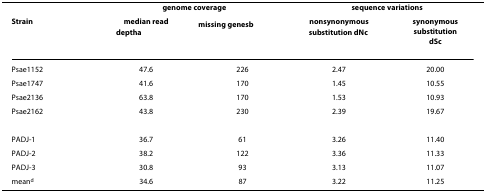
<table><thead><tr><td></td><td colspan="2"><b>genome coverage</b></td><td colspan="2"><b>sequence variations</b></td></tr><tr><td><b>Strain</b></td><td><b>median readdepth<sup>a</sup></b></td><td><b>missing genes<sup>b</sup></b></td><td><b>nonsynonymous substitution <i>dN</i><sup>c</sup></b></td><td><b>synonymous substitution <i>dS</i><sup>c</sup></b></td></tr></thead><tbody><tr><td>Psae1152</td><td>47.6</td><td>226</td><td>2.47</td><td>20.00</td></tr><tr><td>Psae1747</td><td>41.6</td><td>170</td><td>1.45</td><td>10.55</td></tr><tr><td>Psae2136</td><td>63.8</td><td>170</td><td>1.53</td><td>10.93</td></tr><tr><td>Psae2162</td><td>43.8</td><td>230</td><td>2.39</td><td>19.67</td></tr><tr><td>PADJ-1</td><td>36.7</td><td>61</td><td>3.26</td><td>11.40</td></tr><tr><td>PADJ-2</td><td>38.2</td><td>122</td><td>3.36</td><td>11.33</td></tr><tr><td>PADJ-3</td><td>30.8</td><td>93</td><td>3.13</td><td>11.07</td></tr><tr><td>mean<sup>d</sup></td><td>34.6</td><td>87</td><td>3.22</td><td>11.25</td></tr></tbody></table>